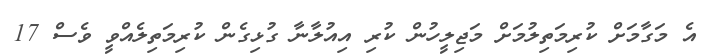
އެ މަގާމަށް ކުރިމަތިލުމަށް މަޖިލީހުން ކުރި އިއުލާނާ ގުޅިގެން ކުރިމަތިލެއްވީ ވެސް 17